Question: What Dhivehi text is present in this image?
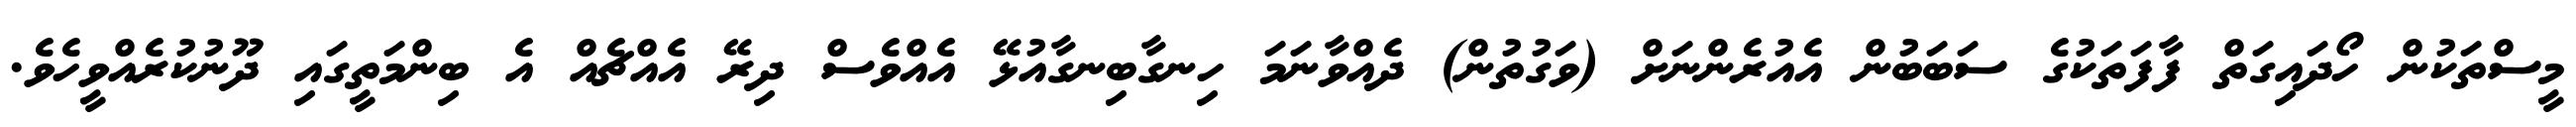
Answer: މީސްތަކުން ހޯދައިގަތް ފާފަތަކުގެ ސަބަބުން އެއުރެންނަށް (ވަގުތުން) ދެއްވާނަމަ ހިނގާބިނގާއުޅޭ އެއްވެސް ދިރޭ އެއްޗެއް އެ ބިންމަތީގައި ދޫނުކުރެއްވީހެވެ.